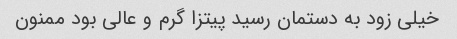
خیلی زود به دستمان رسید پیتزا گرم و عالی بود ممنون